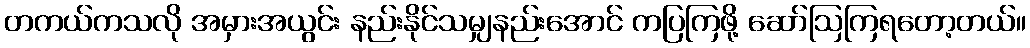
တကယ်ကသလို အမှားအယွင်း နည်းနိုင်သမျှနည်းအောင် ကပြကြဖို့ ဆော်ဩကြရတော့တယ်။